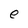
Character: e